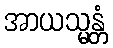
အာယသ္မန္တံ